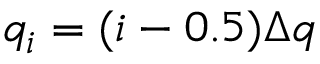
q _ { i } = ( i - 0 . 5 ) \Delta q